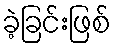
ခဲ့ခြင်းဖြစ်